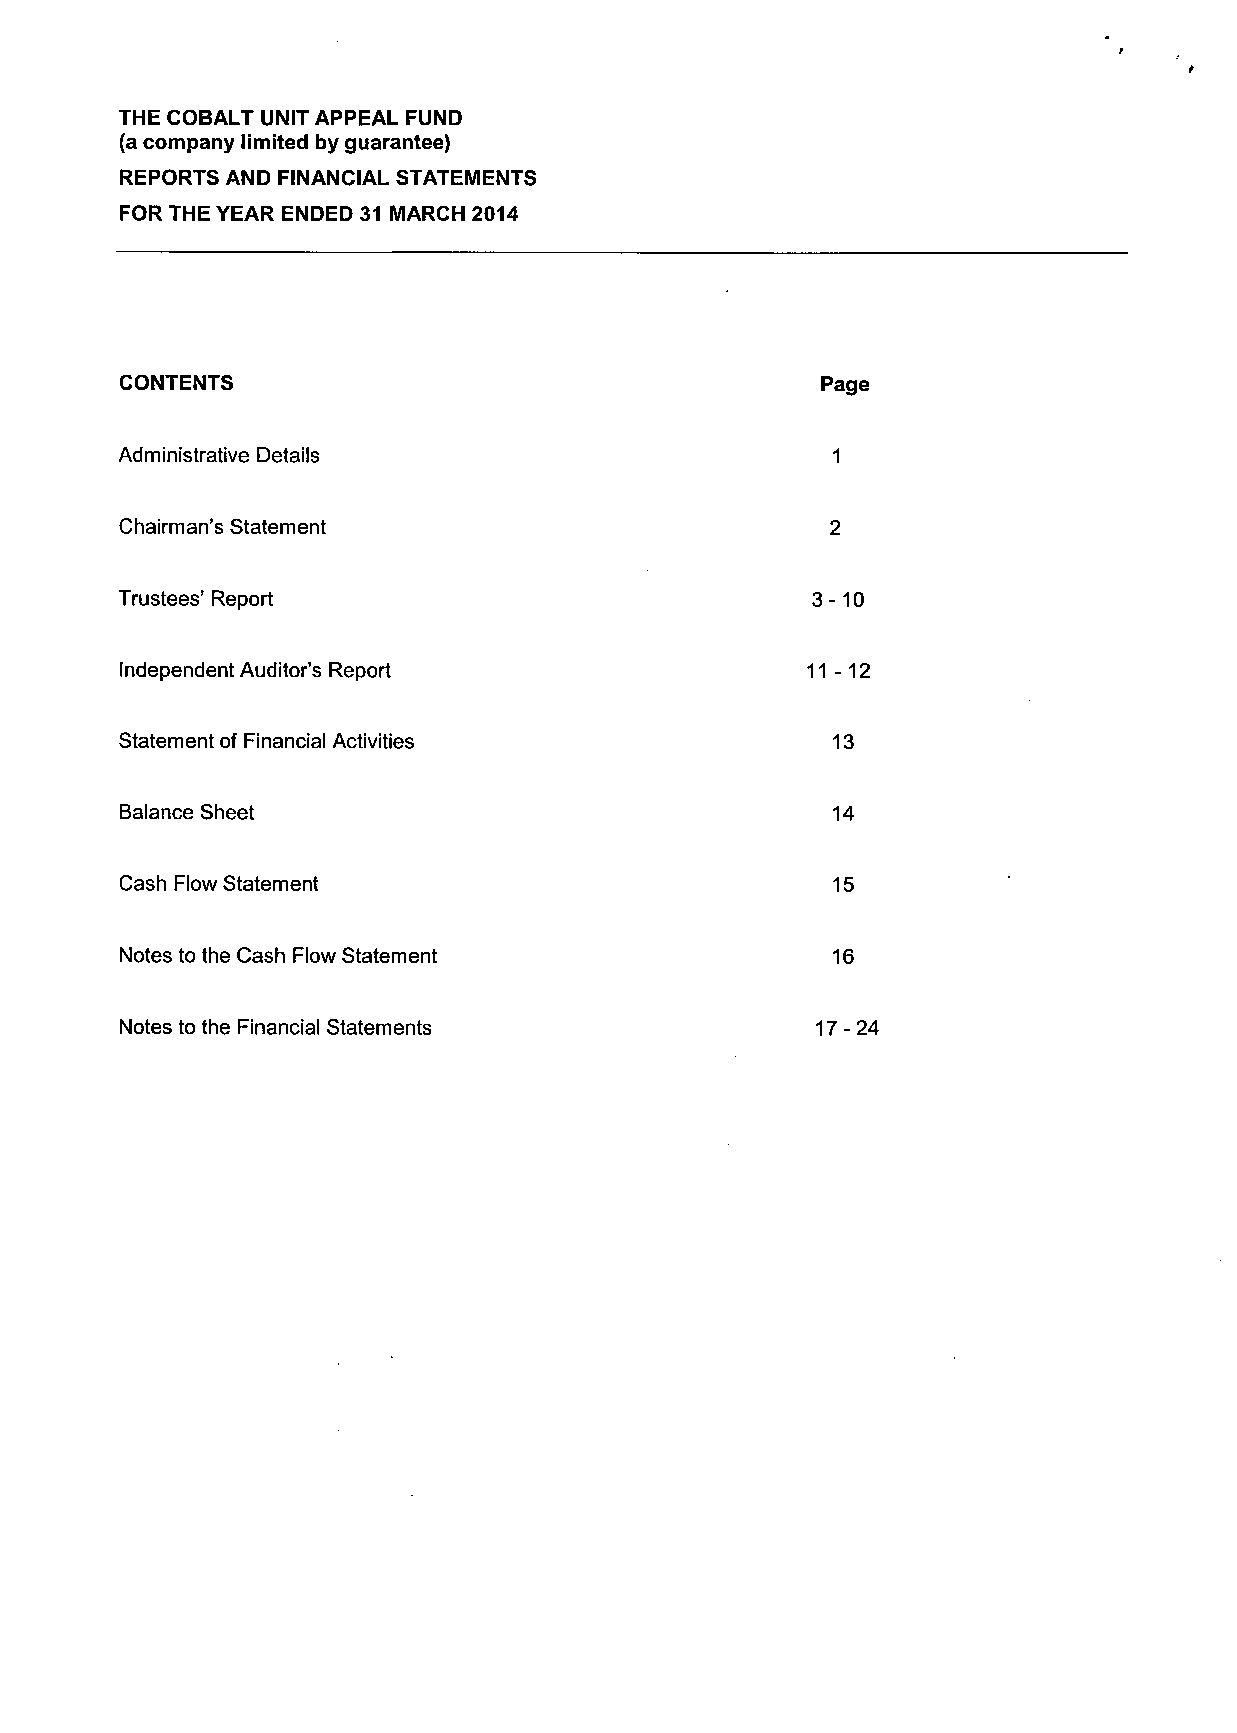
THE COBALT UNIT APPEAL FUND
 (a company limited by guarantee)
 REPORTS AND FINANCIAL STATEMENTS
 FOR THE YEAR ENDED 31 MARCH 2014
 CONTENTS                                      Page
 Administrative Details                         1
 Chairman's Statement                           2
 Trustees' Report                              3-10
 Independent Auditor's Report                  11-12
 Statement of Financial Activities              13
 Balance Sheet                                  14
 Cash Flow Statement                            15
 Notes to the Cash Flow Statement               16
 Notes to the Financial Statements             17 - 24